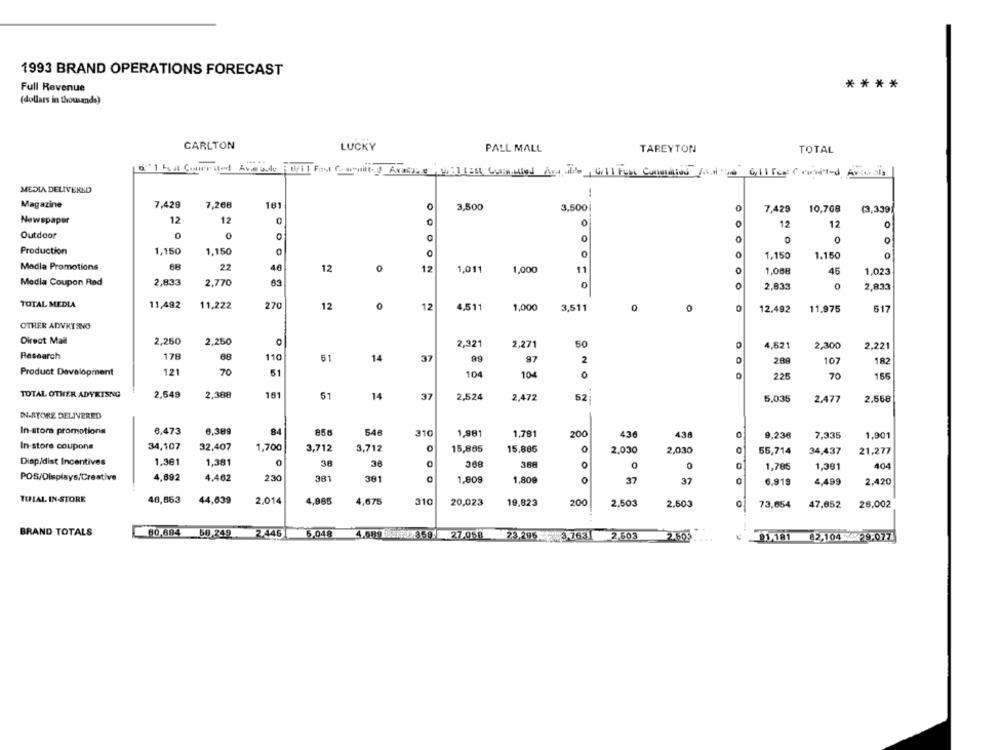
1993 BRAND OPERATIONS FORECAST
Full Revenue
****
(dollars in thousands)
CARLTON
LUCKY
PALL MALL
TAREYTON
TOTAL
"I Fou Cuirited Areade Bil Fast Carnitas Avaise, Willest Consulted And die, Golf real Condition is Coll fice routed Avaria
MEDIA DELIVERED
Magazine
7,428
7,268
161
3,500
3,500
7,429
10,768
(3,339
Newspaper
12
12
0
0
0
12
12
Outdoor
0
0
0
0
O
Production
1,150
1,150
0
0
1,150
1.150
Media Promotions
68
22
46
12
12
1,011
1,000
11
0
1,08€
45
1,023
Media Coupon Rad
2,833
2,770
0
2.833
2,833
TOTAL MEDIA
11,492
11,222
270
12
12
4,51
1,000
3,511
0
12.492
11.975
517
OTHER ADVRTSNO
Direct Mail
2,250
2,250
2,321
2,271
50
4,621
2,300
2,221
Research
178
68
110
61
14
37
99
97
2
288
107
182
Product Davalopment
121
70
51
104
104
0
225
70
15F
TOTAL OTHER ADYRISNG
2,549
2,388
101
51
14
37
2,524
2,472
52
5,035
2.477
2,568
IN-STORE DELIVERED
In-store promotions
6,473
6.389
84
856
546
310
1,981
1.781
200
436
438
9,236
7,335
1,901
In-store coupons
34,107
32,407
1,700
3,712
3,712
0
15,805
15,885
2.030
2.030
55,714
34,437
21,277
80C
Disp/dist Incentives
1,381
1,381
30
38
388
0
0
1,785
1,381
404
POS/Displays/Creative
4,692
4.462
230
381
381
1.809
1,809
0
37
37
4,499
2,420
6,919
TOTAL IN-STORE
46,863
44,639
2,014
4,985
4,675
310
20,023
19,823
200
2,503
2.603
73,654
47,852
26,002
BRAND TOTALS
80,694
68,249
2.445
6,048
4.6892r:> 359: 27.058 23,296 3.763| 2.603
2.60
91,181
62,104 /29.077